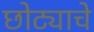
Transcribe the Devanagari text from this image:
छोट्याचे